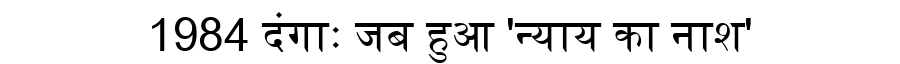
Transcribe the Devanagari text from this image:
1984 दंगाः जब हुआ 'न्याय का नाश'